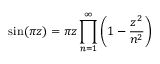
\sin ( \pi z ) = \pi z \displaystyle \prod _ { n = 1 } ^ { \infty } \left( 1 - { \frac { z ^ { 2 } } { n ^ { 2 } } } \right)